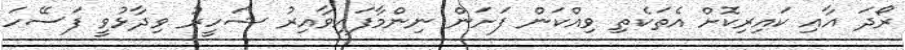
ރޯދަ އާއި ކައިރިކޮށް އެތަކެތި ވިއްކަން ފަށަން ނިންމާފައިވާއިރު ޝަހީރު ވިދާޅުވީ ފަސޭހަ